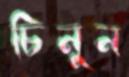
চিনুন